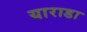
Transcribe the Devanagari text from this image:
याराडा